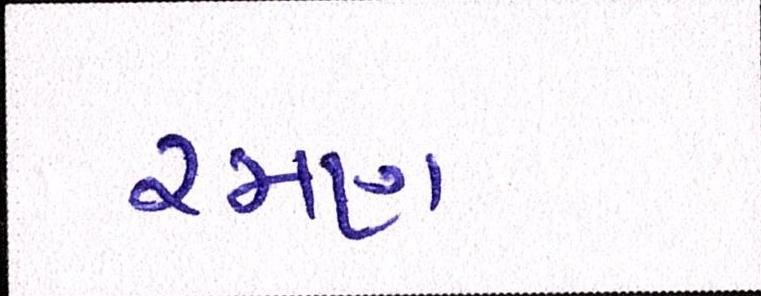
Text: રમણ